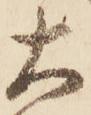
大